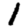
Digit: 1